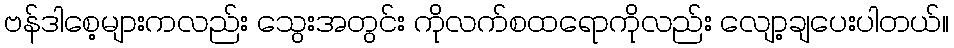
ဗန်ဒါစေ့များကလည်း သွေးအတွင်း ကိုလက်စထရောကိုလည်း လျော့ချပေးပါတယ်။